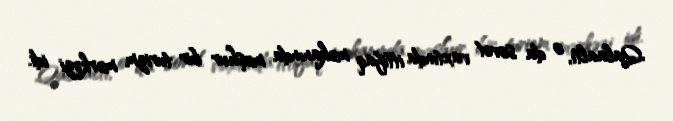
Qalaaltı, o da sovet vaxtında ittifaq məkanında məşhur bir turizm mərkəzi idi.